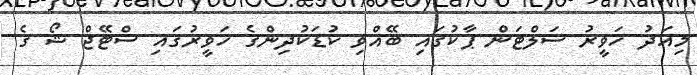
މިއަދު ހަވީރު ސަލްޓަން ޕާކުގައި ބޭއްވި ކުޑަކުދިންގެ ހަވީރުގައި ސްޓޭޖް ޝޯ ގެ